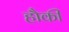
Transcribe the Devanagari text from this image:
हौकी